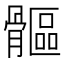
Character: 𩪍